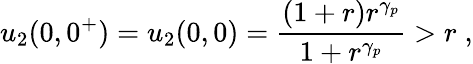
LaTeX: u_{2}(0,0^{+})=u_{2}(0,0)=\frac{(1+r)r^{\gamma_{p}}}{1+r^{\gamma_{p}}}>r\; ,